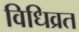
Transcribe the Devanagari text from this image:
विधिव्रत